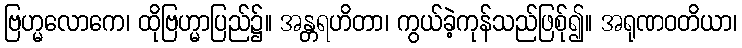
ဗြဟ္မလောကေ၊ ထိုဗြဟ္မာပြည်၌။ အန္တရဟိတာ၊ ကွယ်ခဲ့ကုန်သည်ဖြစ်ု၍။ အရုဏဝတိယာ၊